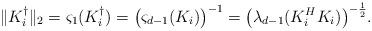
LaTeX: \begin{align*} \|K_i^\dagger\|_2 = \varsigma_1(K_i^\dagger) = \bigl( \varsigma_{d-1}(K_i) \bigr)^{-1} = \bigl( \lambda_{d-1}( K_i^H K_i ) \bigr)^{-\frac{1}{2}}.\end{align*}